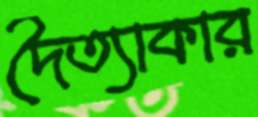
দৈত্যাকার